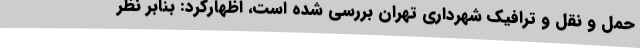
حمل و نقل و ترافیک شهرداری تهران بررسی شده است، اظهارکرد: بنابر نظر